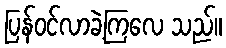
ပြန်ဝင်လာခဲ့ကြလေ သည်။